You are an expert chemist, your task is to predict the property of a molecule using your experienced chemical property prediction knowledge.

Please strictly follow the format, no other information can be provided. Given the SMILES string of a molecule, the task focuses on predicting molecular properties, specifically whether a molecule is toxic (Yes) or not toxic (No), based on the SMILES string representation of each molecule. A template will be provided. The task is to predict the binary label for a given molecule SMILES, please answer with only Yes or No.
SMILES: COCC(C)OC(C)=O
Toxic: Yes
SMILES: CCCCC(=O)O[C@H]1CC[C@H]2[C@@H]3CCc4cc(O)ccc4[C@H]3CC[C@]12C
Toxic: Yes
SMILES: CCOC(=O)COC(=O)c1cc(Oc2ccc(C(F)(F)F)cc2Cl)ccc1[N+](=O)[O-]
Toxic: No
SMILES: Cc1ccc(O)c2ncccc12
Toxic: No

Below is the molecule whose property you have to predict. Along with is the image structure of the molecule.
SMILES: CNC(=O)O/N=C/C(C)(C)S(C)=O
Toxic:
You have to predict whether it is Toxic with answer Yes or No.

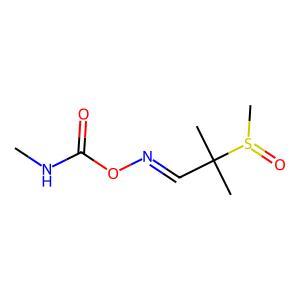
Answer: No